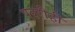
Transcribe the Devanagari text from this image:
पदरीही